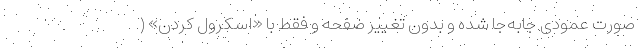
صورت عمودی جابه‌جا شده و بدون تغییر صفحه و فقط با «اسکرول کردن» (